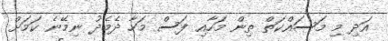
އަދި މި މަސައްކަތް ތިން މަހާއި ފަސް މަހާ ދެމެދު ނިމޭނެ ކަމަށް